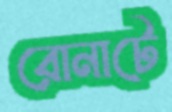
রোনাটে